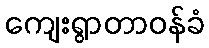
ကျေးရွာတာဝန်ခံ